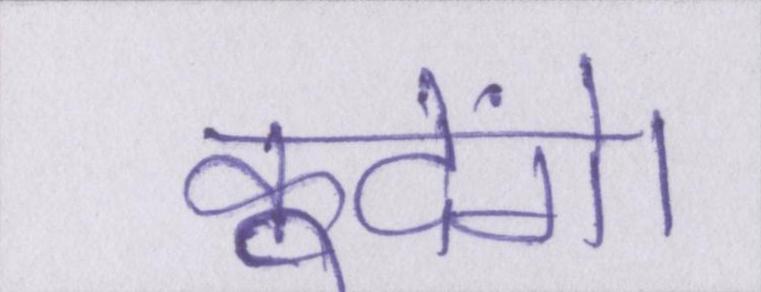
कूदेंगे।